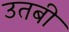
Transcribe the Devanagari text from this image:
उतबी